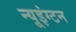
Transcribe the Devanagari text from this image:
न्यूइंग्टन